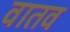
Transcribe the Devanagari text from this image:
वातव